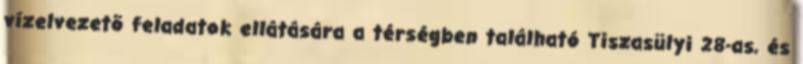
vízelvezetõ feladatok ellátására a térségben található Tiszasülyi 28-as, és